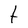
Character: t